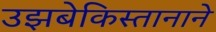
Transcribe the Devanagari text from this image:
उझबेकिस्तानाने